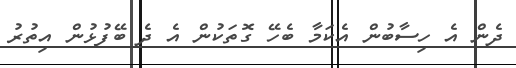
ދެން އެ ހިސާބުން އެކަމާ ބެހޭ ގޮތަކުން އެ ދެ ބޭފުޅުން އިތުރު